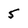
Character: 5